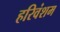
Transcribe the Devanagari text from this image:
हरिवंशम